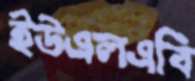
ইউএলএবি